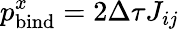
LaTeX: p_{\mathrm{bind}}^{x}=2\Delta\tau J_{ij}